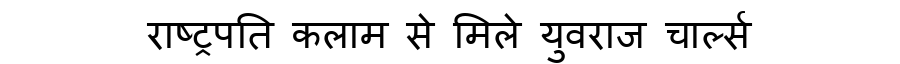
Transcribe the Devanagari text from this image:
राष्ट्रपति कलाम से मिले युवराज चार्ल्स